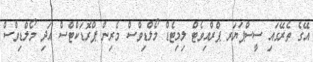
އޭގެ ތެރޭގައި ސީސްޕަޔަރ ޕްރްއިވެޓް ލިމިޓެޑް މޯލްޑިވްސް މެރިން ޕްރޮޑަކްޓްސް އަދި މޯލްޑިވްސް